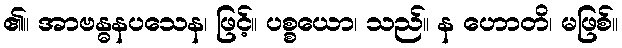
၏။ အာဗန္ဓနပသေန၊ ဖြင့်။ ပစ္စယော၊ သည်။ န ဟောတိ၊ မဖြစ်။